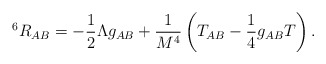
\begin{align*}^6R_{AB} = -\frac {1}{2}\Lambda g_{AB} + \frac {1}{M^4}\left(T_{AB}- \frac {1}{4} g_{AB}T\right).\end{align*}